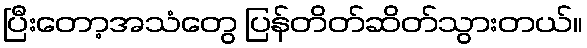
ပြီးတော့အသံတွေ ပြန်တိတ်ဆိတ်သွားတယ်။